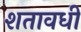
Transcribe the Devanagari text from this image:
शतावधी